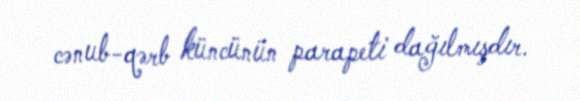
cənub-qərb küncünün parapeti dağılmışdır.